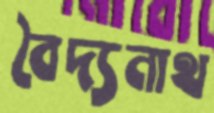
বৈদ্যনাথ